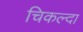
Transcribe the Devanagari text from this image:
चिकल्दा